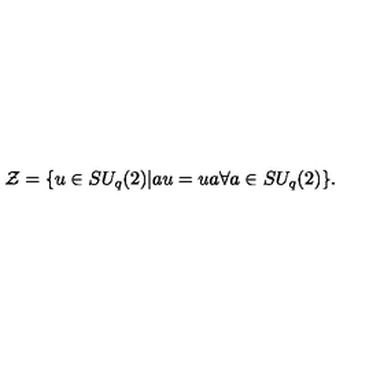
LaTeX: { \cal Z } = \{ u \in S U _ { q } ( 2 ) | a u = u a \forall a \in S U _ { q } ( 2 ) \} .